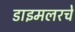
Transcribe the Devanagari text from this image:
डाइमलरचे